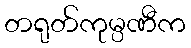
တရုတ်ကုမ္ပဏီက